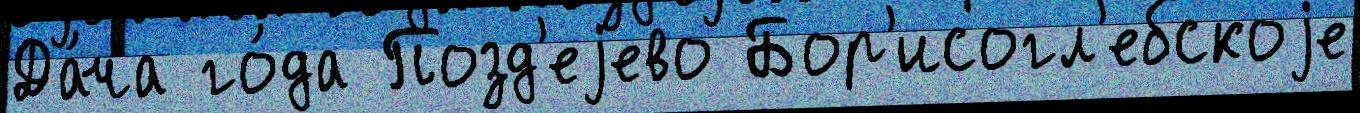
Да́ча го́да Позд'еjево Бор'исогл'ебскоjе